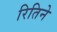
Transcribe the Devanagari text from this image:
रितिने